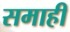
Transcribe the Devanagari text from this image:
समाही